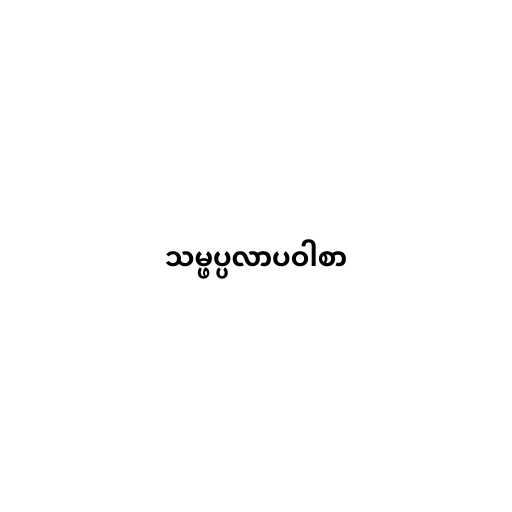
သမ္ဖပ္ပလာပဝါစာ